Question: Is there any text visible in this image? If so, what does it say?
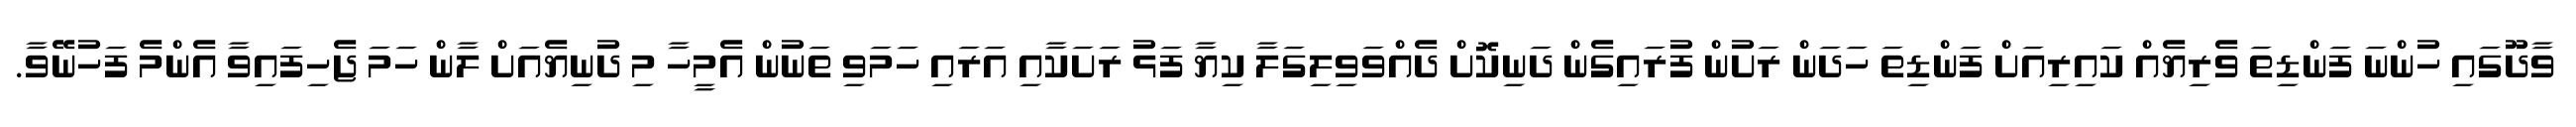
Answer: ވާދޫގައި ހުންނަ ފަންޑިތަ ވެރިޔެއް ކައިރިއަށް ފަންޑިތަ ހަދަން ރަށުން ފުރައިގެން ދަނިކޮށް ދެއްވަވިލިގަލާ ކިޔާ ފަޅު ރަށަކާއި އަރައި ހަމަވި ތަނުން އެމީހާ މި ދުނިޔެއަށް ލާން ހަމަ ޖެހިފައިވާ އެންމެ ފަހުނޭވާ.